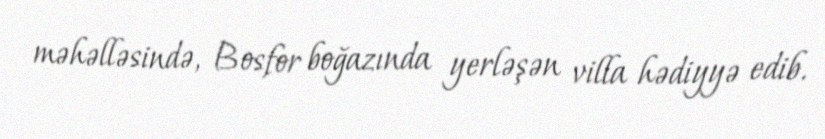
məhəlləsində, Bosfor boğazında yerləşən villa hədiyyə edib.